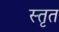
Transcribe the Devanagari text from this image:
स्तृत